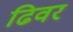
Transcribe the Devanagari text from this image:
ढिवर